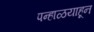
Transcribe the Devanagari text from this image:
पन्हाळयाहून